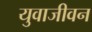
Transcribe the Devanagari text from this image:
युवाजीवन